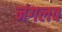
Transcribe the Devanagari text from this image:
नंगलव